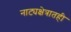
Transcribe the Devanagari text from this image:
नाट्यक्षेत्रातही